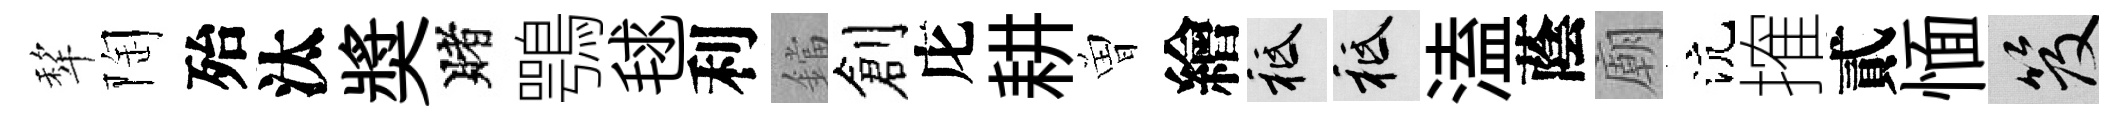
犂陶殆汰奬賭鶚毬利鐺創庀耕曽繪祇祇溘蔭廟沆搉貳愐笈